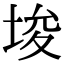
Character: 埈